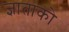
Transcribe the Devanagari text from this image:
ज्ञाताको